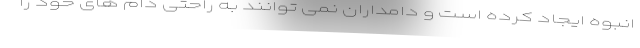
انبوه ایجاد کرده است و دامداران نمی توانند به راحتی دام های خود را